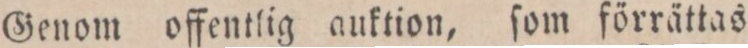
Genom offentlig auktion, ſom förrättas